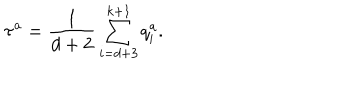
LaTeX: \tau ^ { a } = \frac { { 1 } } { d + 2 } \sum _ { i = d + 3 } ^ { k + 1 } q _ { i } ^ { a } .